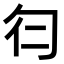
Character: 𠣒